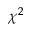
\chi ^ { 2 }